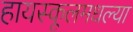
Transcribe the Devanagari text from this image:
हायस्कूलमधल्या